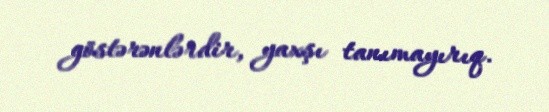
göstərənlərdir, yaxşı tanımayırıq.